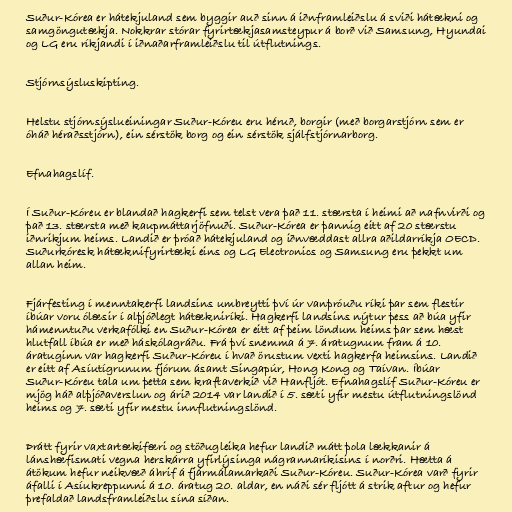
Suður-Kórea er hátekjuland sem byggir auð sinn á iðnframleiðslu á sviði hátækni og
samgöngutækja. Nokkrar stórar fyrirtækjasamsteypur á borð við Samsung, Hyundai
og LG eru ríkjandi í iðnaðarframleiðslu til útflutnings.

Stjórnsýsluskipting.

Helstu stjórnsýslueiningar Suður-Kóreu eru héruð, borgir (með borgarstjórn sem er
óháð héraðsstjórn), ein sérstök borg og ein sérstök sjálfstjórnarborg.

Efnahagslíf.

Í Suður-Kóreu er blandað hagkerfi sem telst vera það 11. stærsta í heimi að nafnvirði og
það 13. stærsta með kaupmáttarjöfnuði. Suður-Kórea er þannig eitt af 20 stærstu
iðnrikjum heims. Landið er þróað hátekjuland og iðnvæddast allra aðildarríkja OECD.
Suðurkóresk hátæknifyrirtæki eins og LG Electronics og Samsung eru þekkt um
allan heim.

Fjárfesting í menntakerfi landsins umbreytti því úr vanþróuðu ríki þar sem flestir
íbúar voru ólæsir í alþjóðlegt hátækniríki. Hagkerfi landsins nýtur þess að búa yfir
hámenntuðu verkafólki en Suður-Kórea er eitt af þeim löndum heims þar sem hæst
hlutfall íbúa er með háskólagráðu. Frá því snemma á 7. áratugnum fram á 10.
áratuginn var hagkerfi Suður-Kóreu í hvað örustum vexti hagkerfa heimsins. Landið
er eitt af Asíutígrunum fjórum ásamt Singapúr, Hong Kong og Taívan. Íbúar
Suður-Kóreu tala um þetta sem kraftaverkið við Hanfljót. Efnahagslíf Suður-Kóreu er
mjög háð alþjóðaverslun og árið 2014 var landið í 5. sæti yfir mestu útflutningslönd
heims og 7. sæti yfir mestu innflutningslönd.

Þrátt fyrir vaxtartækifæri og stöðugleika hefur landið mátt þola lækkanir á
lánshæfismati vegna herskárra yfirlýsinga nágrannaríkisins í norðri. Hætta á
átökum hefur neikvæð áhrif á fjármálamarkaði Suður-Kóreu. Suður-Kórea varð fyrir
áfalli í Asíukreppunni á 10. áratug 20. aldar, en náði sér fljótt á strik aftur og hefur
þrefaldað landsframleiðslu sína síðan.